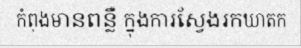
កំពុងមានពន្លឺ ក្នុងការស្វែងរកឃាតក